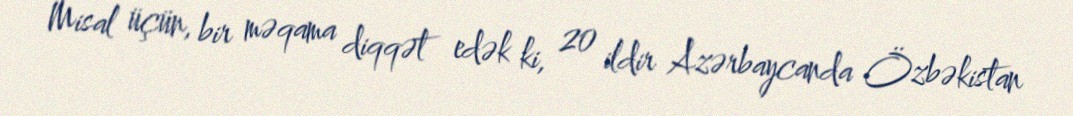
Misal üçün, bir məqama diqqət edək ki, 20 ildir Azərbaycanda Özbəkistan